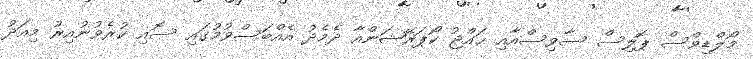
މޯލްޑިވްސް ޕޮލިސް ސާވިސްއާއި ޙައްޖު ކޯޕަރޭޝަންއާ ދެމެދު އެއްބަސްވުމުގައި ސޮއި ކުރެވުނުއިރު މިއަދު